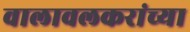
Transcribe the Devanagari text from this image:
वालावलकरांच्या